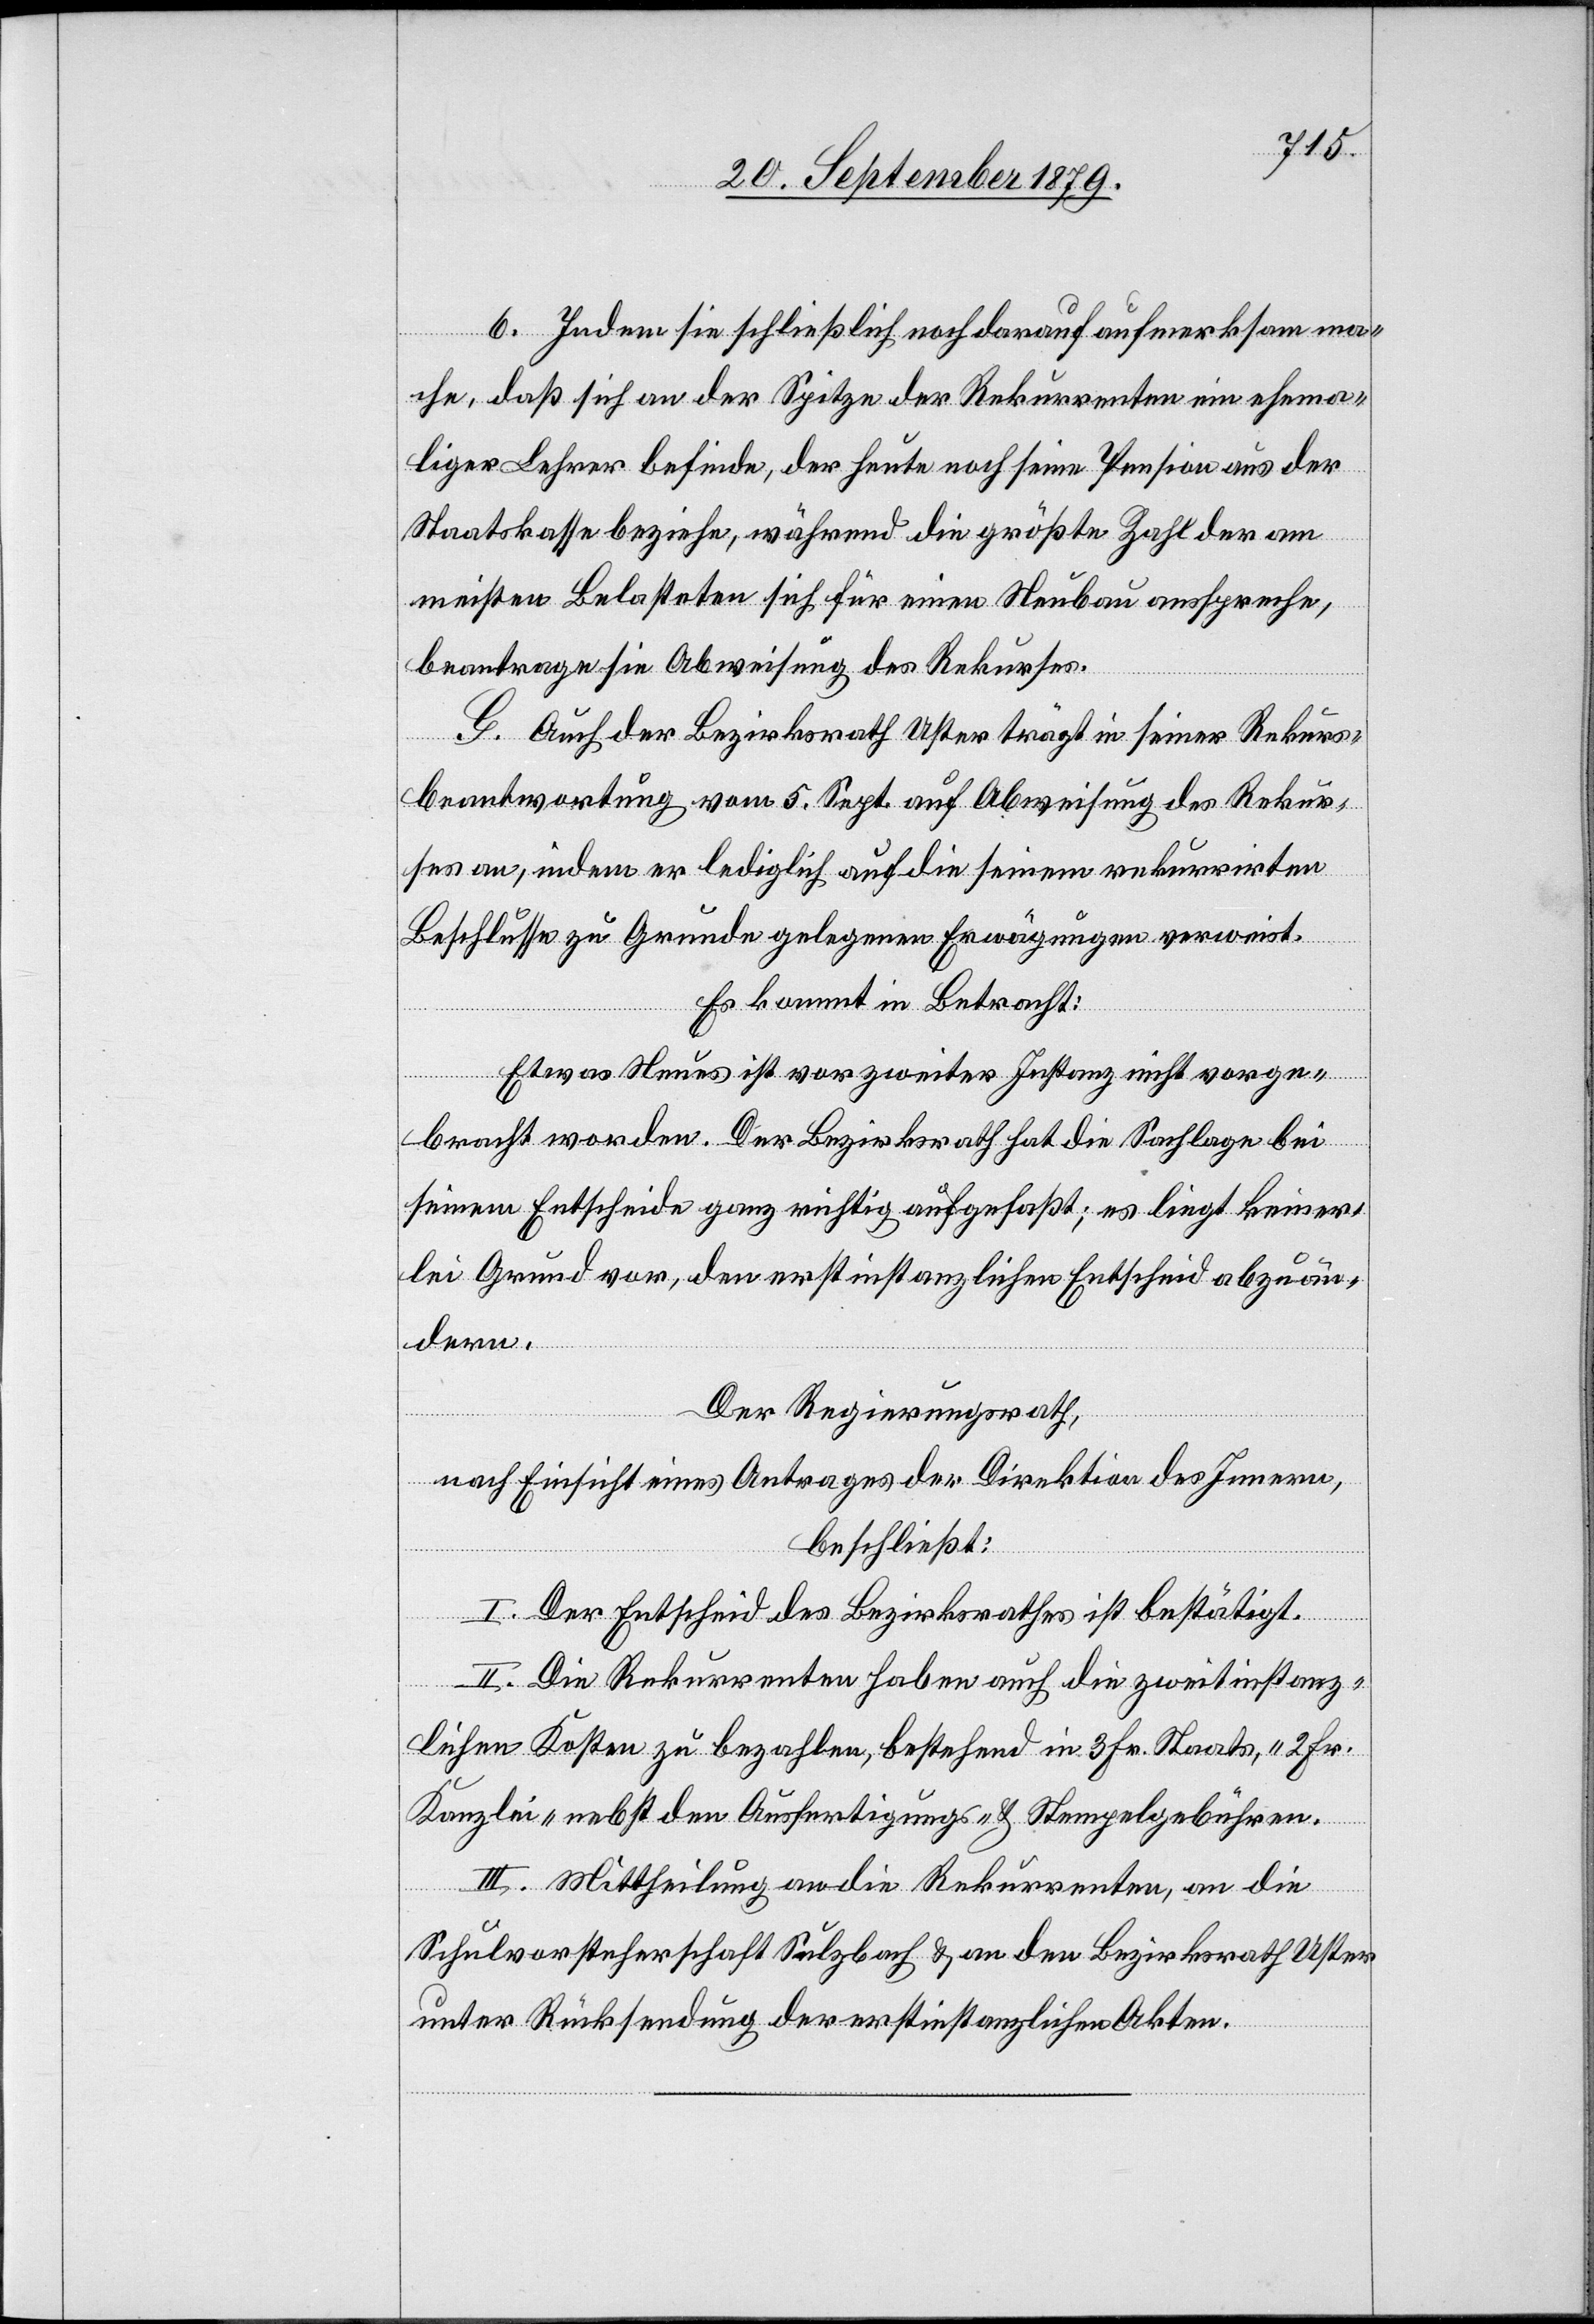
6. Indem sie schließlich noch darauf aufmerksam ma¬
che, daß sich an der Spitze der Rekurrenten ein ehema¬
liger Lehrer befinde, der heute noch seine Pension aus der
Staatskasse beziehe, während die größte Zahl der am
meisten Belasteten sich für einen Neubau ausspreche,
beantrage sie Abweisung des Rekurses.
G. Auch der Bezirksrath Uster trägt in seiner Rekurs¬
beantwortung vom 5. Sept. auf Abweisung des Rekur¬
ses an, indem er lediglich auf die seinem rekurrirten
Beschlusse zu Grunde gelegenen Erwägungen verweist.
Es kommt in Betracht:
Etwas Neues ist vor zweiter Instanz nicht vorge¬
bracht worden. Der Bezirksrath hat die Sachlage bei
seinem Entscheide ganz richtig aufgefaßt; es liegt keiner¬
lei Grund vor, den erstinstanzlichen Entscheid abzuän¬
dern.
Der Regierungsrath,
nach Einsicht eines Antrages der Direktion des Innern,
beschließt:
I. Der Entscheid des Bezirksrathes ist bestätigt.
II. Die Rekurrenten haben auch die zweitinstanz¬
lichen Kosten zu bezahlen, bestehend in 3 Fr. Staats-, 2 Fr.
Kanzlei- nebst den Ausfertigungs- und Stempelgebühren.
III. Mittheilung an die Rekurrenten, an die
Schulvorsteherschaft Sulzbach & an den Bezirksrath Uster
unter Rücksendung der erstinstanzlichen Akten.